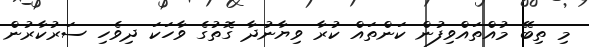
މި ތިބޭ މުއްތައްވިފުން ކަންތައް ކުރާ ވިޔާނުދާ ގޮތުގެ ވާހަކަ ދިވެހި ސަރުކާރުން